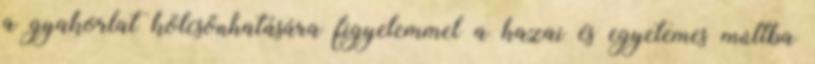
a gyakorlat kölcsönhatására figyelemmel a hazai és egyetemes múltba